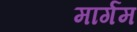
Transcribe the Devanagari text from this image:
मार्गम